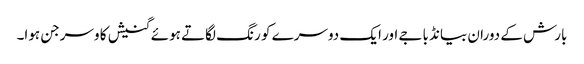
بارش کے دوران بیانڈ باجے اور ایک دوسرے کو رنگ لگاتے ہوئے گنیش کا وسرجن ہوا۔